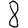
Digit: 8